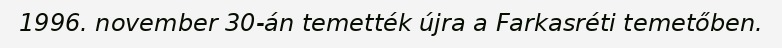
1996. november 30-án temették újra a Farkasréti temetőben.